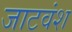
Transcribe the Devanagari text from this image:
जाटवंश